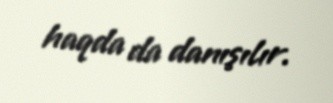
haqda da danışılır.